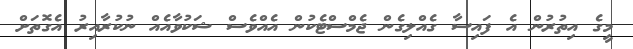
މީގެ އިތުރުން އެ ފައިސާ ގެއްލިގެން ޖެމްސްޓެކުން އެއްވެސް ޝަކުވާއެއް ނުކުރާއިރު އެގޮތަށް